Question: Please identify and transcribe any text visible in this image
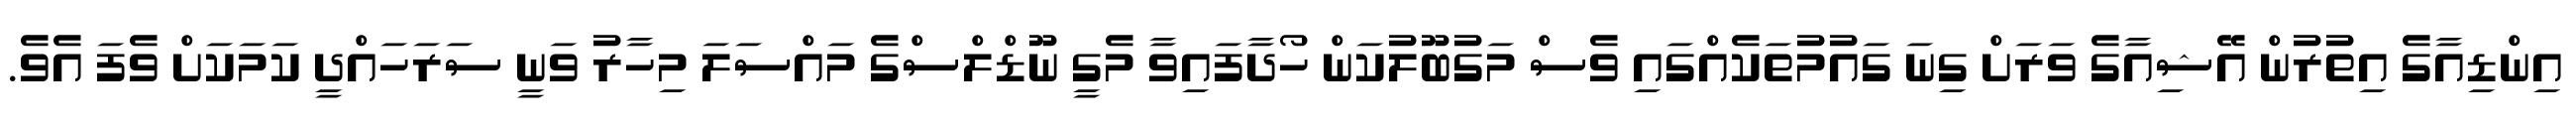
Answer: އިންޑިއާގެ އިތުރުން އޭޝިއާގެ ވަރަށް ގިނަ ގައުމުތަކެއްގައި ވެސް މަގުބޫލުކަން ހޯދާފައިވާ މެގީ ނޫޑްލްސްގެ މައްސަލަ މިހާރު ވަނީ ސަރަހައްދީ ކަމަކަށް ވެފަ އެވެ.